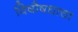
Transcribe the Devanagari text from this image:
विषौषधाचा